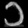
Digit: ၁